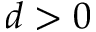
d > 0